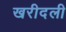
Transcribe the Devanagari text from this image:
खरीदली